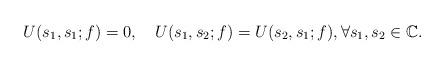
LaTeX: \begin{align*}U(s_1, s_1; f) = 0,\ \ \ U(s_1, s_2; f) = U(s_2, s_1; f), \forall s_1, s_2\in \mathbb C.\end{align*}